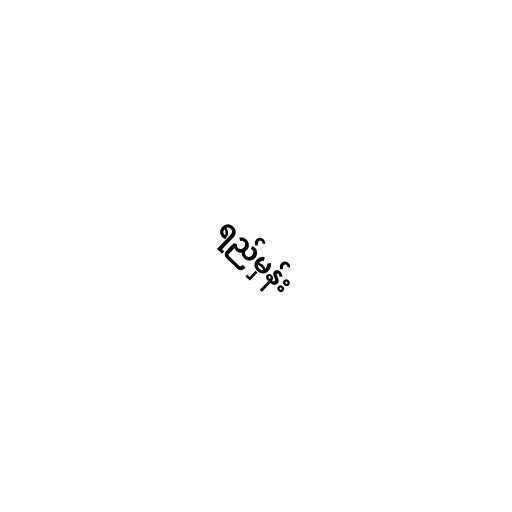
ရည်မှန်း